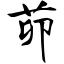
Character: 茆